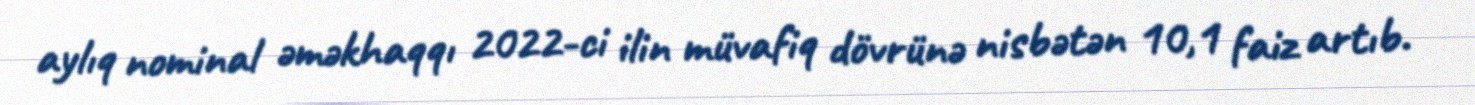
aylıq nominal əməkhaqqı 2022-ci ilin müvafiq dövrünə nisbətən 10,1 faiz artıb.